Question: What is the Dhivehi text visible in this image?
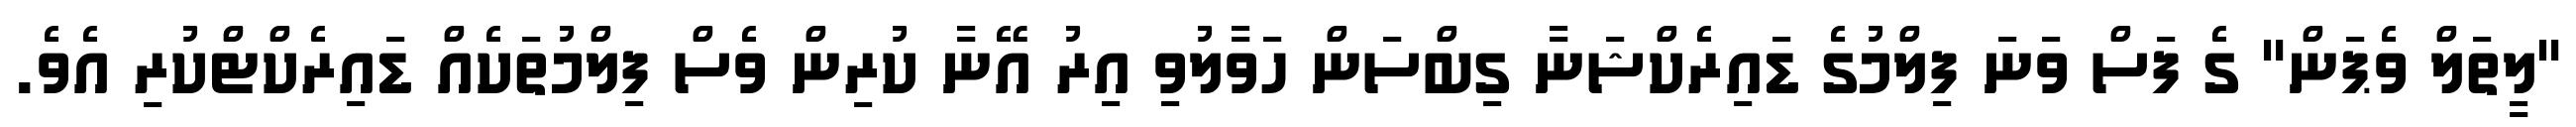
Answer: "ލީތަލް ވެޕަން" ގެ ފަސް ވަނަ ފިލްމުގެ ޑައިރެކްޝަނާ ގިބްސަން ހަވާލުވި އިރު އޭނާ ކުރިން ވެސް ފިލްމުތަކެއް ޑައިރެކްޓްކުރި އެވެ.